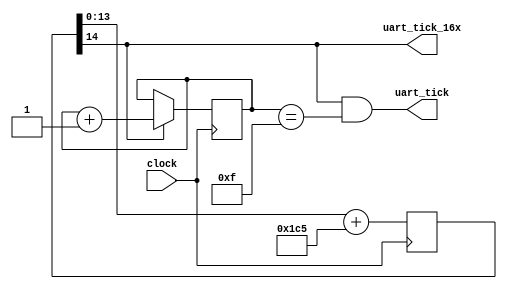
module uart_clock(
    input clock,
    output uart_tick,
    output uart_tick_16x
    );

    // 100MHz / (2^13 / 151) == 16 * 115203.857 Hz
    // 100MHz / (2^17 / 151) == 115203.857 Hz
    //  66MHz / (2^14 / 453) == 16 * 115203.857 Hz
    //  66MHz / (2^18 / 453) == 115203.857 Hz


    // 66 MHz version
    reg [14:0] accumulator = 15'h0000;
    always @(posedge clock) begin
        accumulator <= accumulator[13:0] + 453;
    end
    assign uart_tick_16x = accumulator[14];

/*
    // 100 MHz version
    reg [13:0] accumulator = 14'h0000;
    always @(posedge clock) begin
        accumulator <= accumulator[12:0] + 151;
    end
    assign uart_tick_16x = accumulator[13];
*/

    //------------------------------
    reg [3:0] uart_16x_count = 4'h0;
    always @(posedge clock) begin
        uart_16x_count <= (uart_tick_16x) ? uart_16x_count + 1 : uart_16x_count;
    end
    assign uart_tick = (uart_tick_16x==1'b1 && (uart_16x_count == 4'b1111));

endmodule